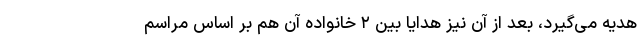
هدیه می‌گیرد، بعد از آن نیز هدایا بین ۲ خانواده آن هم بر اساس مراسم